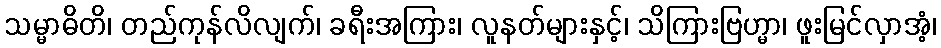
သမ္မာဓိတိ၊ တည်ကုန်လိလျက်၊ ခရီးအကြား၊ လူနတ်များနှင့်၊ သိကြားဗြဟ္မာ၊ ဖူးမြင်လှာအံ့၊